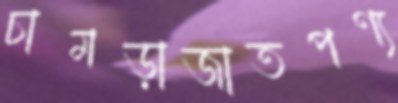
চামড়াজাতপণ্য